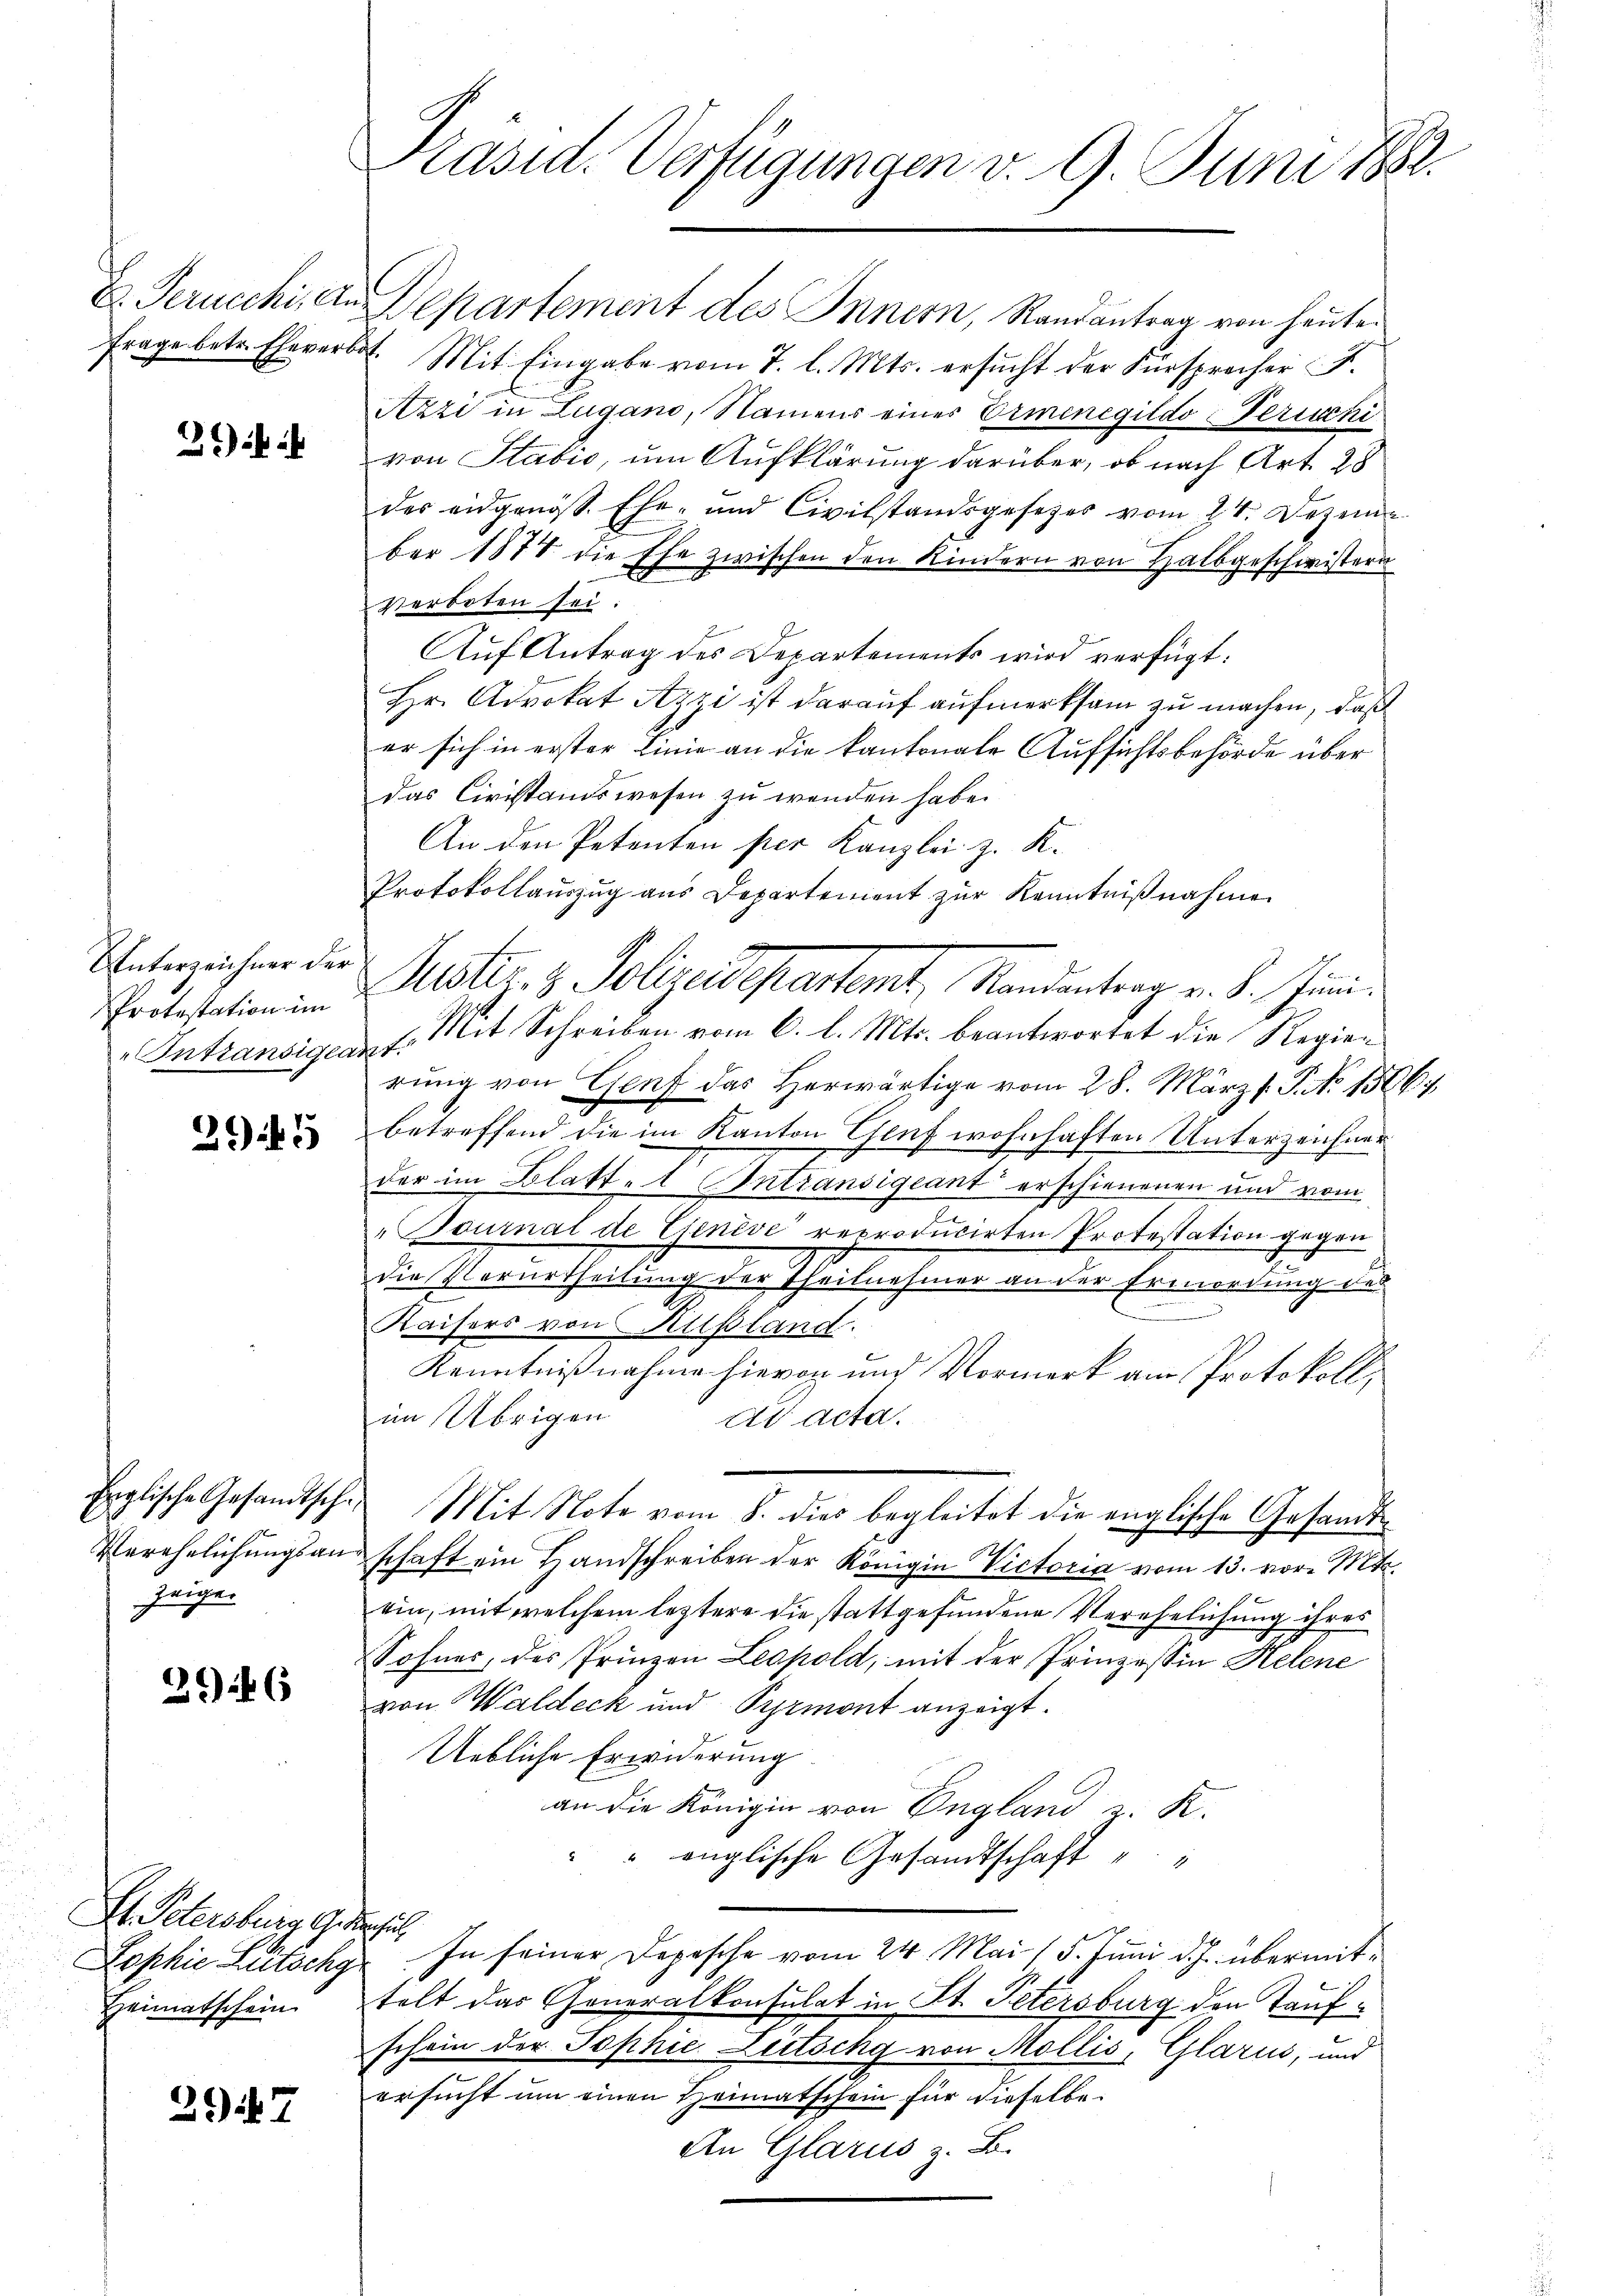
E. Gerucchi, An
Frage betr. Eheverbo¬

2) i

Unterzeichner der
Protestation im
Intransigen.

29 f 5

Englische Gesandtsche
n
Verehelichungsan
zeigen

3946

I. Petersburg G de
Lophie Litschy
Heimatschein

29 f. 7

Präsid. Verfügungen v. 9. Juni 1882.

Departement des Innern, Randantrag von heute
4. Mit Eingabe vom 7. l. Mts. ersucht der Fürsprocher F.
Azzi in Lugano, Namens einer Erminegildo Ferischi
von Stabio, um Aufklärung darüber, ob nach Art. 28
des eidgenöss. Ehe- und Civilstandsgesetzes vom 24. Dezem
ber 1877 die Ehe zwischen den Kindern von Halbgeschwistern
verboten sei.
Aŭf Antrag des Departements wird verfügt:
Hr. Advokat Azzi ist darauf aufmerksam zu machen, daß
er sich in erster Linie an die kantonale Aufsichtsbehörde über
das Civistandswesen zu wenden habe.
An den Petenten per Kanzlei z. K.
Protokollauszug aus Departement zur Kenntnißnahme
. Mit Schreiben vom 6. l. Mts. beantwortet die Regiering von Genf das herwärtige vom 28. März l. P. No 1566)
betreffend die im Kanton Genf wohnhaften Unterzeichner
der im Blatte Intransigeant erschienenen und vom
"Tournal de Genève reproducirten Protestation gegen
die Verurtheilung der Theilnahmen an die Ermandung der
Kaisers von Kilpland.
Kenntnißnahme hievon und Vormerk am Protokoll,
im Übrigen
ad acta.
Mit Note vom 8. dies begleitet die englische Gesandtschaft ein Handschreiben der Königin Victoria vom 13. vor. Mts.
ein, mit welchem leztere die stattgefundene Verehelichung ihres
Sofner, des Prinzen Leopold, mit der Prinzessin Helene
von Waldeck und Pyrmont anzeigt.
Uebliche Erwiderung
an die Königin von England z. K.
" englische Gesandtschaft
ehut
In seiner Depesche vom 24. Mai / 5. Juni d. Js. übermittelt das Generalkonsulat in St. Petersburg den Taufschein der Sophie Litschg von Mollis, Glarus, und
ersucht um einen Heimatschein für dieselbe
An Glarus z. B.

Muster z. Polizeidepartent, Randantrag v. d. Juni.